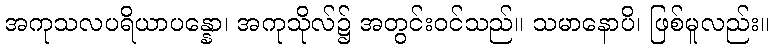
အကုသလပရိယာပန္နော၊ အကုသိုလ်၌ အတွင်းဝင်သည်။ သမာနောပိ၊ ဖြစ်မူလည်း။